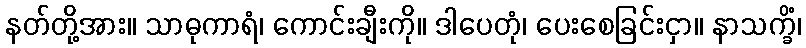
နတ်တို့အား။ သာဓုကာရံ၊ ကောင်းချီးကို။ ဒါပေတုံ၊ ပေးစေခြင်းငှာ။ နာသက္ခိံ၊